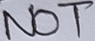
Text: NOT